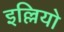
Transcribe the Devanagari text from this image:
इल्लियो